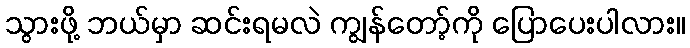
သွားဖို့ ဘယ်မှာ ဆင်းရမလဲ ကျွန်တော့်ကို ပြောပေးပါလား။